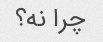
چرا نه؟